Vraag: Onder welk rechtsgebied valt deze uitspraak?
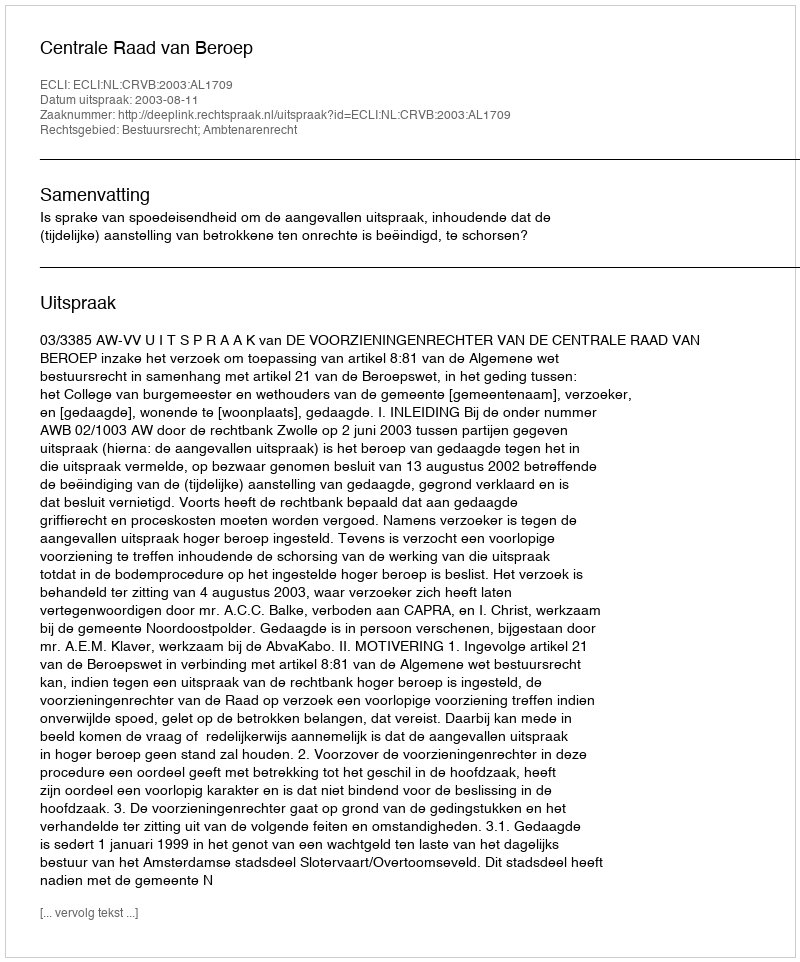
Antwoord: Bestuursrecht; Ambtenarenrecht